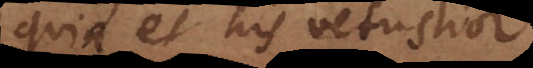
quin et his vetustior